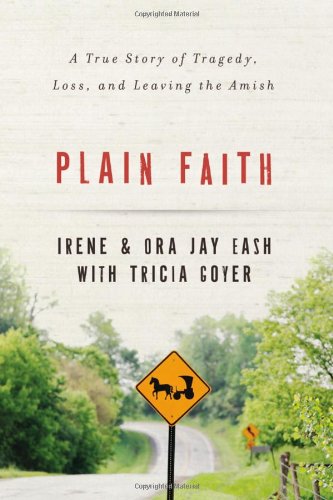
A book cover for Plain Faith: A True Story of Tragedy, Loss and Leaving the Amish; Ora Jay and Irene Eash; Christian Books & Bibles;